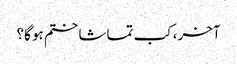
آخر، کب تماشا ختم ہو گا؟